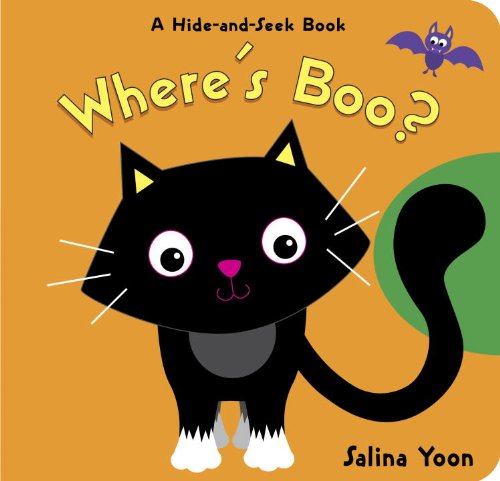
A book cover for Where's Boo? (A Hide-and-Seek Book); Salina Yoon; Children's Books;